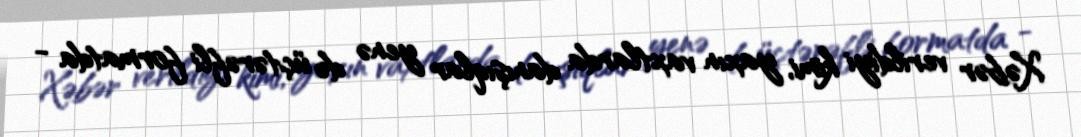
Xəbər verildiyi kimi, yaxın vaxtlarda danışıqlar yenə də üçtərəfli formatda -